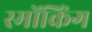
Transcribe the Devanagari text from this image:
स्मोंकिंग